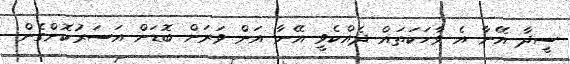
ސީދާ އޭނާ އެ ވާހަކަތައް ދެއްކެވީ އޭނާ އަށް ވަރަށް ބޮޑަށް އަސަރުކޮށްގެން